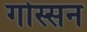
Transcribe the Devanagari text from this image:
गोस्सन